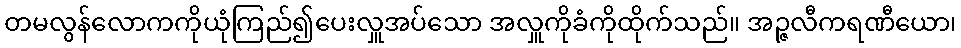
တမလွန်လောကကိုယုံကြည်၍ပေးလှူအပ်သော အလှူကိုခံကိုထိုက်သည်။ အဉ္ဇလီကရဏီယော၊